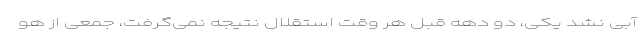
آبی نشد یکی، دو دهه قبل هر وقت استقلال نتیجه نمی‌گرفت، جمعی از هو